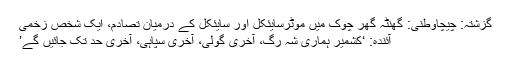
گزشتہ: چیچاوطنی: گھنٹہ گھر چوک میں موٹرسایئکل اور سایئکل کے درمیان تصادم، ایک شخص زخمی
آئندہ: ‘کشمیر ہماری شہ رگ، آخری گولی، آخری سپاہی، آخری حد تک جائیں گے’